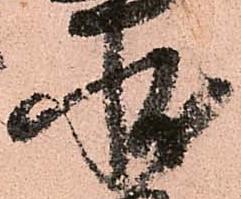
状